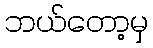
ဘယ်တော့မှ